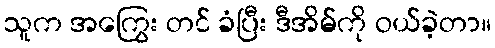
သူက အကြွေး တင် ခံပြီး ဒီအိမ်ကို ဝယ်ခဲ့တာ။